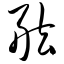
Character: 舷